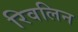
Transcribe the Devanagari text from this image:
रिवलिन